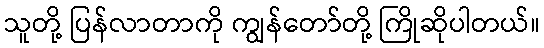
သူတို့ ပြန်လာတာကို ကျွန်တော်တို့ ကြိုဆိုပါတယ်။